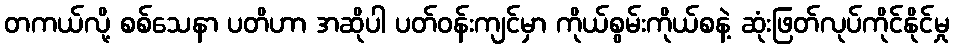
တကယ်လို့ စစ်သေနာ ပတိဟာ အဆိုပါ ပတ်ဝန်းကျင်မှာ ကိုယ်စွမ်းကိုယ်စနဲ့ ဆုံးဖြတ်လုပ်ကိုင်နိုင်မှု